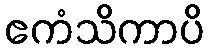
ဧကံသိကာပိ